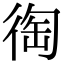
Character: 𢔇